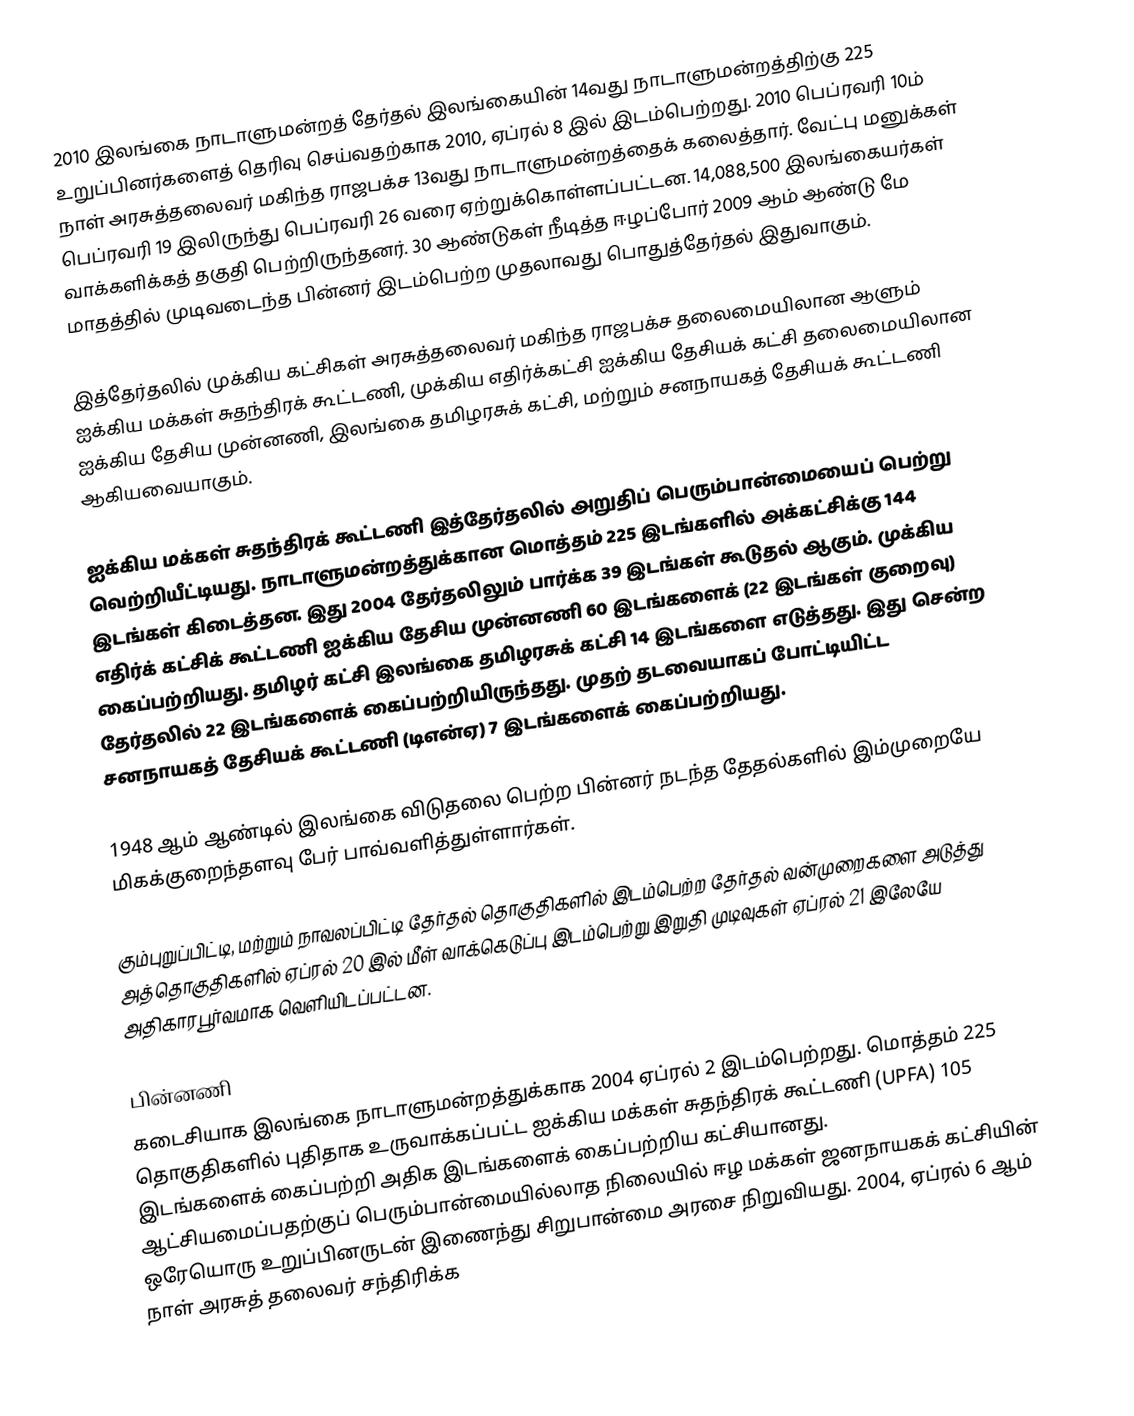
2010 இலங்கை நாடாளுமன்றத் தேர்தல் இலங்கையின் 14வது நாடாளுமன்றத்திற்கு 225 உறுப்பினர்களைத் தெரிவு செய்வதற்காக 2010, ஏப்ரல் 8 இல் இடம்பெற்றது. 2010 பெப்ரவரி 10ம் நாள் அரசுத்தலைவர் மகிந்த ராஜபக்ச 13வது நாடாளுமன்றத்தைக் கலைத்தார். வேட்பு மனுக்கள் பெப்ரவரி 19 இலிருந்து பெப்ரவரி 26 வரை ஏற்றுக்கொள்ளப்பட்டன. 14,088,500 இலங்கையர்கள் வாக்களிக்கத் தகுதி பெற்றிருந்தனர். 30 ஆண்டுகள் நீடித்த ஈழப்போர் 2009 ஆம் ஆண்டு மே மாதத்தில் முடிவடைந்த பின்னர் இடம்பெற்ற முதலாவது பொதுத்தேர்தல் இதுவாகும்.

இத்தேர்தலில் முக்கிய கட்சிகள் அரசுத்தலைவர் மகிந்த ராஜபக்ச தலைமையிலான ஆளும் ஐக்கிய மக்கள் சுதந்திரக் கூட்டணி, முக்கிய எதிர்க்கட்சி ஐக்கிய தேசியக் கட்சி தலைமையிலான ஐக்கிய தேசிய முன்னணி, இலங்கை தமிழரசுக் கட்சி, மற்றும் சனநாயகத் தேசியக் கூட்டணி ஆகியவையாகும்.

ஐக்கிய மக்கள் சுதந்திரக் கூட்டணி இத்தேர்தலில் அறுதிப் பெரும்பான்மையைப் பெற்று வெற்றியீட்டியது. நாடாளுமன்றத்துக்கான மொத்தம் 225 இடங்களில் அக்கட்சிக்கு 144 இடங்கள் கிடைத்தன. இது 2004 தேர்தலிலும் பார்க்க 39 இடங்கள் கூடுதல் ஆகும். முக்கிய எதிர்க் கட்சிக் கூட்டணி ஐக்கிய தேசிய முன்னணி 60 இடங்களைக் (22 இடங்கள் குறைவு) கைப்பற்றியது. தமிழர் கட்சி இலங்கை தமிழரசுக் கட்சி 14 இடங்களை எடுத்தது. இது சென்ற தேர்தலில் 22 இடங்களைக் கைப்பற்றியிருந்தது. முதற் தடவையாகப் போட்டியிட்ட சனநாயகத் தேசியக் கூட்டணி (டிஎன்ஏ) 7 இடங்களைக் கைப்பற்றியது.

1948 ஆம் ஆண்டில் இலங்கை விடுதலை பெற்ற பின்னர் நடந்த தேதல்களில் இம்முறையே மிகக்குறைந்தளவு பேர் பாவ்வளித்துள்ளார்கள்.

கும்புறுப்பிட்டி, மற்றும் நாவலப்பிட்டி தேர்தல் தொகுதிகளில் இடம்பெற்ற தேர்தல் வன்முறைகளை அடுத்து அத்தொகுதிகளில் ஏப்ரல் 20 இல் மீள் வாக்கெடுப்பு இடம்பெற்று இறுதி முடிவுகள் ஏப்ரல் 21 இலேயே அதிகாரபூர்வமாக வெளியிடப்பட்டன.

பின்னணி
கடைசியாக இலங்கை நாடாளுமன்றத்துக்காக 2004 ஏப்ரல் 2 இடம்பெற்றது. மொத்தம் 225 தொகுதிகளில் புதிதாக உருவாக்கப்பட்ட ஐக்கிய மக்கள் சுதந்திரக் கூட்டணி (UPFA) 105 இடங்களைக் கைப்பற்றி அதிக இடங்களைக் கைப்பற்றிய கட்சியானது. ஆட்சியமைப்பதற்குப் பெரும்பான்மையில்லாத நிலையில் ஈழ மக்கள் ஜனநாயகக் கட்சியின் ஒரேயொரு உறுப்பினருடன் இணைந்து சிறுபான்மை அரசை நிறுவியது. 2004, ஏப்ரல் 6 ஆம் நாள் அரசுத் தலைவர் சந்திரிக்க